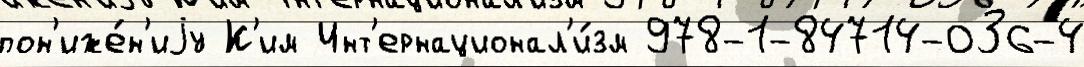
пон'иже́н'иjу К'им Инт'ернационал'и́зм 978-1-84714-036-4